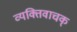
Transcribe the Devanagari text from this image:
व्यक्तिवाचक्